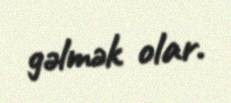
gəlmək olar.